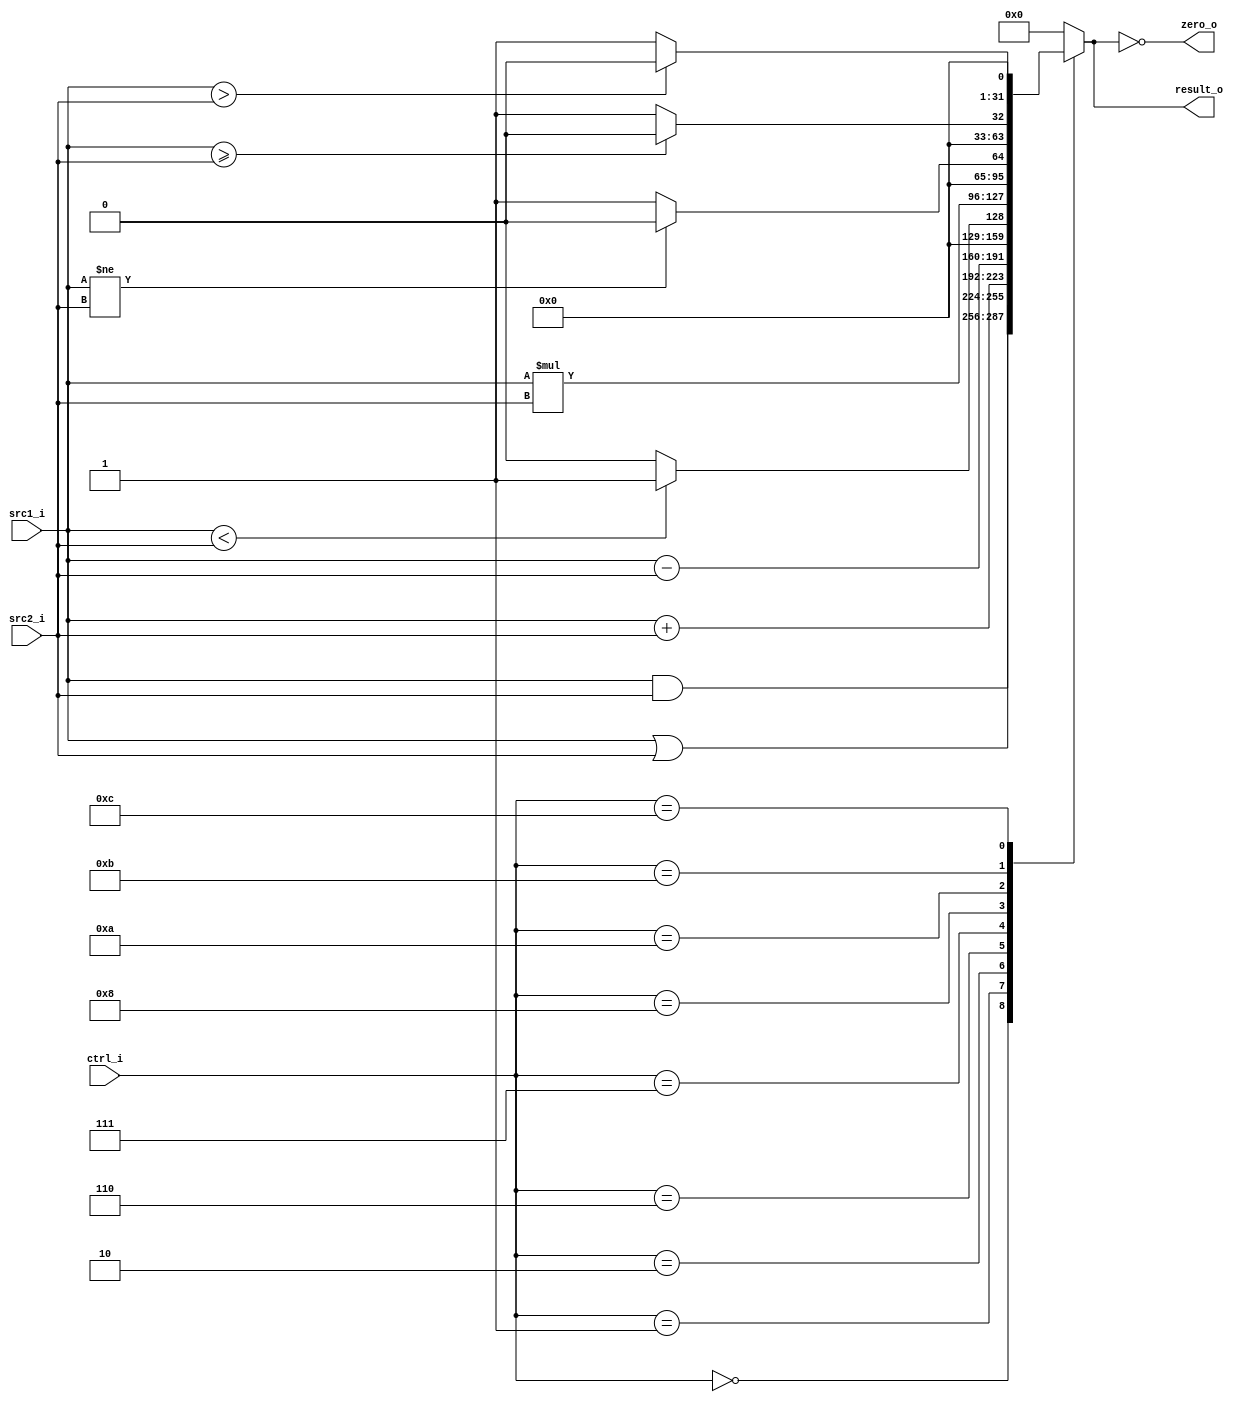
//Subject:     CO project 2 - ALU
//--------------------------------------------------------------------------------
//Version:     1
//--------------------------------------------------------------------------------
//Writer:       0516215 ???
//----------------------------------------------
//Date:        
//----------------------------------------------
//Description: 
//--------------------------------------------------------------------------------

module ALU(
    src1_i,
	src2_i,
	ctrl_i,
	result_o,
	zero_o
	);
     
//I/O ports
input  signed[32-1:0]  src1_i;
input  signed[32-1:0]  src2_i;
input  [4-1:0]   ctrl_i;

output [32-1:0]	 result_o;
output           zero_o;

//Internal signals
reg    [32-1:0]  result_o;
wire             zero_o;

//Parameter

//Main function
assign zero_o = (result_o == 0);

always @(*)begin
	case(ctrl_i)
		4'b0000: result_o <= src1_i & src2_i;
		4'b0001: result_o <= src1_i | src2_i;
		4'b0010: result_o <= src1_i + src2_i;
		4'b0110: result_o <= src1_i - src2_i;
		4'b0111: result_o <= (src1_i < src2_i) ? 1 : 0;
		4'b1000: result_o <= src1_i * src2_i;
		10:      result_o <= (src1_i != src2_i) ? 0 : 1;    //bne  when s1!=s2,set result = 0, zero = 1(same as beq)
		11:      result_o <= (src1_i >= src2_i) ? 0 : 1;    //bge  when s1>=s2,set result = 0, zero = 1
		12:      result_o <= (src1_i >  src2_i) ? 0 : 1;    //bgt  when s1> s2,set result = 0, zero = 1
	  	default: result_o <= 0;
	endcase
end
//($signed(a) < $signed(b))
endmodule